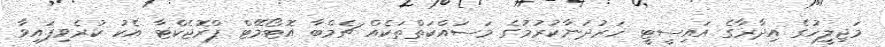
މަޖިލީހުގެ އިދާރާގެ އައިސީޓީ ހަރުދަނާކުރުމުގެ މަސައްކަތްތަކެއް ޗެމްބާ އޮޓޯމޭޓް ޕްރޮޖެކްޓާ އެކު ކުރެވިފައިވާ